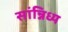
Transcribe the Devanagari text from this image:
सांन्निध्य